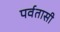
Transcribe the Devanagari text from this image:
पर्वतासी